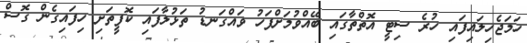
ހަމަޖެހިލައިފައި ހުރެ ސިޓީ އޮތްތާގައި ބޭއްވުމަށްފަހު ވައްގަނޑު ތަޅުލާފައި ކޮފީތަށި ހިފައިގެން ގޮސް